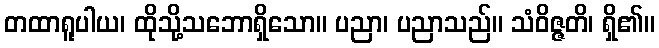
တထာရူပါယ၊ ထိုသို့သဘောရှိသော။ ပညာ၊ ပညာသည်။ သံဝိဇ္ဇတိ၊ ရှိ၏။